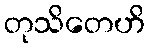
တုသိတေဟိ